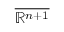
\overline { { \mathbb { R } ^ { n + 1 } } }